65_HS1-834228961_62-HQ-83894_Section_2
Agency: FBI
Page 20
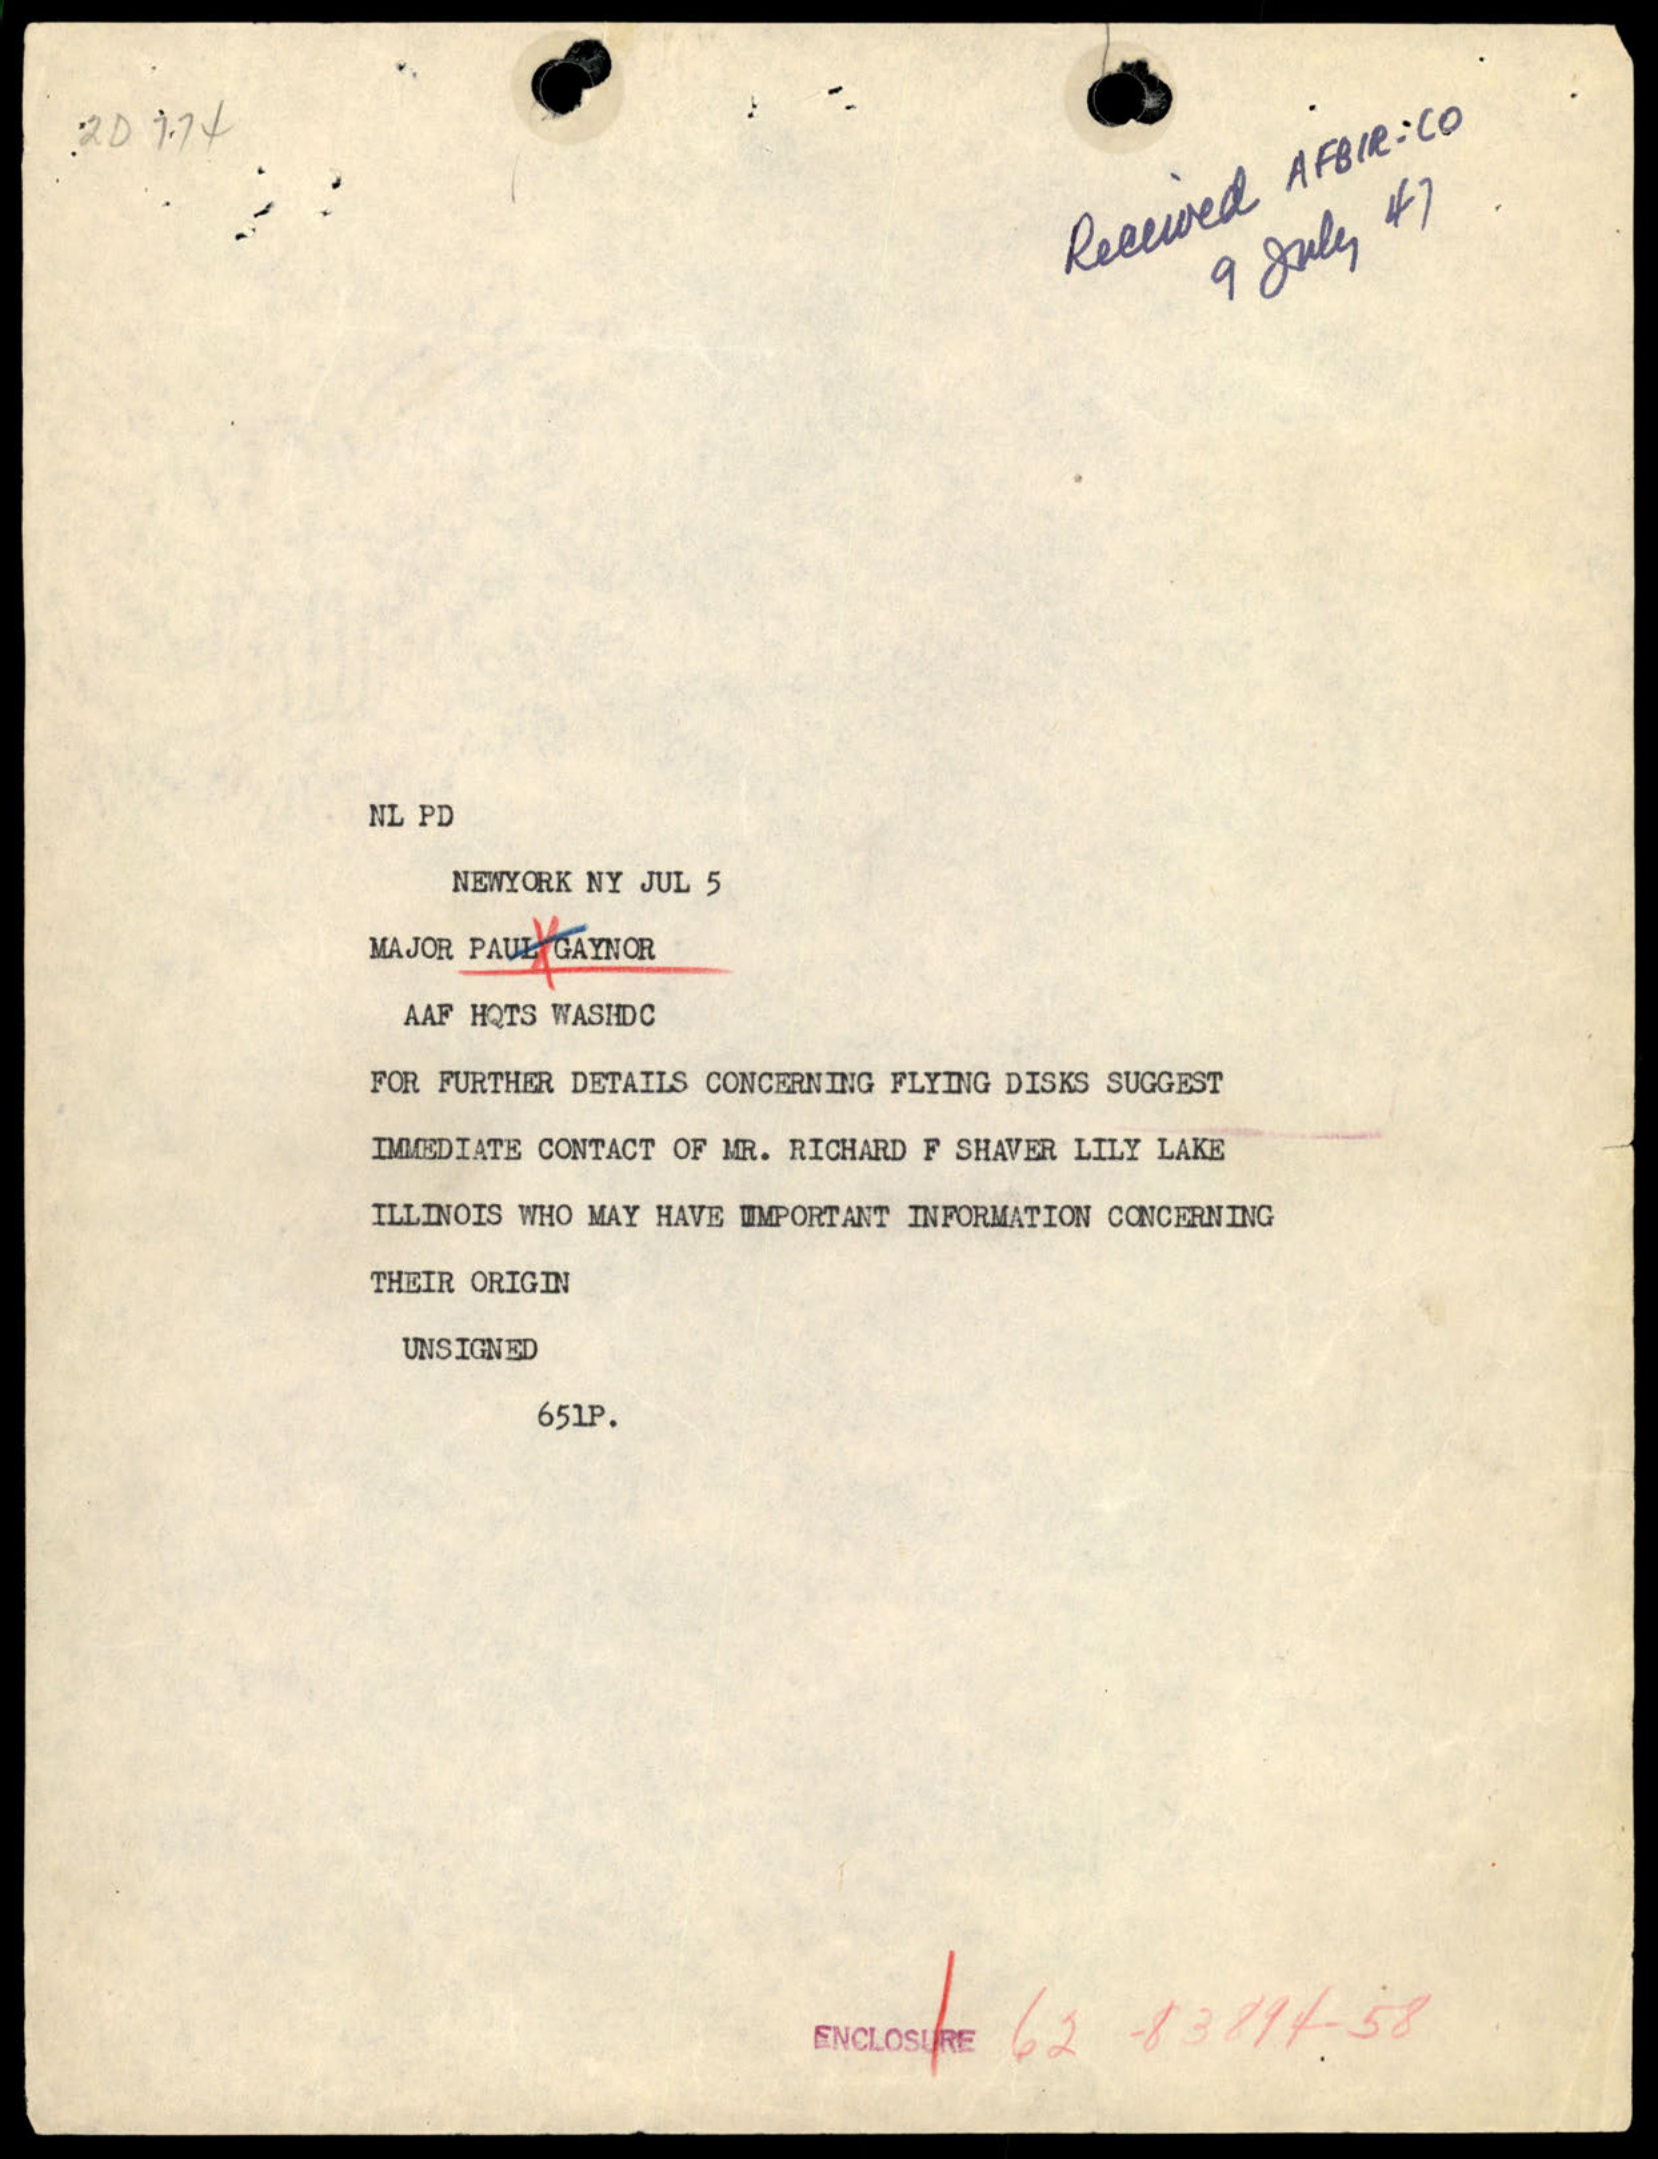